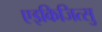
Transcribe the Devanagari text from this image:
एइकिजित्सु